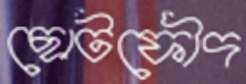
ছোটফৌদ